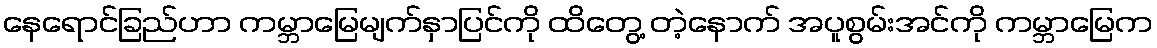
နေရောင်ခြည်ဟာ ကမ္ဘာမြေမျက်နှာပြင်ကို ထိတွေ့ တဲ့နောက် အပူစွမ်းအင်ကို ကမ္ဘာမြေက